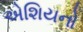
એશિયનો